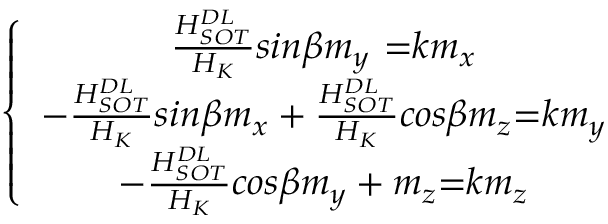
\left\{ \begin{array} { c } { \frac { H _ { S O T } ^ { D L } } { H _ { K } } { { s i n } \beta m _ { y } \ } { = } k m _ { x } } \\ { - \frac { H _ { S O T } ^ { D L } } { H _ { K } } { s i n } \beta m _ { x } + \frac { H _ { S O T } ^ { D L } } { H _ { K } } { c o s } \beta m _ { z } { = } k m _ { y } } \\ { - \frac { H _ { S O T } ^ { D L } } { H _ { K } } { c o s } \beta m _ { y } + m _ { z } { = } k m _ { z } } \end{array} \right.